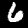
Label: 6